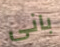
بانى